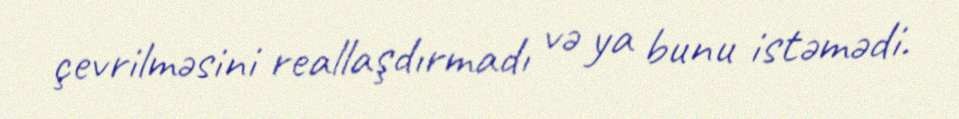
çevrilməsini reallaşdırmadı və ya bunu istəmədi.